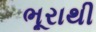
ભૂરાથી